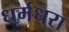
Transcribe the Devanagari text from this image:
धर्मधरा